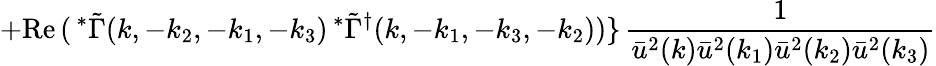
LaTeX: +\mathrm{Re}\, (\, ^{\ast}\tilde{\Gamma}(k,-k_{2},-k_{1},-k_{3})\, ^{\ast}\tilde{\Gamma}^{\dagger}(k,-k_{1},-k_{3},-k_{2}))\} \, \frac{1}{\bar{u}^{2}(k)\bar{u}^{2}(k_{1})\bar{u}^{2}(k_{2})\bar{u}^{2}(k_{3})}